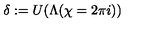
\delta : = U ( \Lambda ( \chi = 2 \pi i ) )